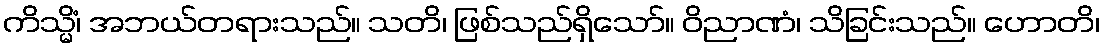
ကိသ္မိံ၊ အဘယ်တရားသည်။ သတိ၊ ဖြစ်သည်ရှိသော်။ ဝိညာဏံ၊ သိခြင်းသည်။ ဟောတိ၊